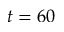
t = 6 0